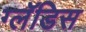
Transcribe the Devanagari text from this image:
ग्लॅडिस